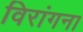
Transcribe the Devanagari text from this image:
विरांगना